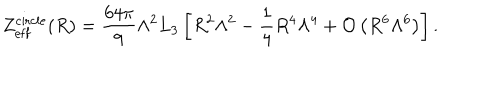
LaTeX: Z _ { \mathrm { e f f } } ^ { \mathrm { c i r c l e } } ( R ) = \frac { 6 4 \pi } { 9 } \Lambda ^ { 2 } L _ { 3 } \left[ R ^ { 2 } \Lambda ^ { 2 } - \frac { 1 } { 4 } R ^ { 4 } \Lambda ^ { 4 } + { \cal O } \left( R ^ { 6 } \Lambda ^ { 6 } \right) \right] .